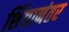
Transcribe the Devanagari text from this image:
शिंद्यानंतर